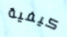
كيفية